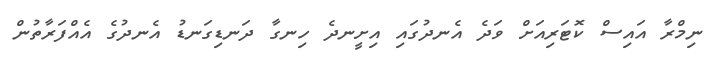
ނިމްރާ އައިސް ކޮޓަރިއަށް ވަދެ އެނދުގައި އިށީނދެ ހިނގާ ދަނޑިގަނޑު އެނދުގެ އެއްފަރާތުން